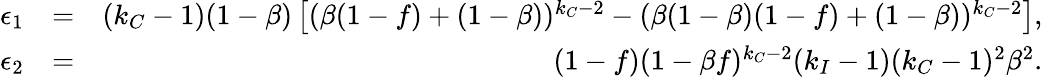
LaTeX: \begin{array}{rlr}{\epsilon_{1}}&{=}&{(k_{C}-1)(1-\beta)\left[(\beta(1-f)+(1-\beta))^{k_{C}-2}-(\beta(1-\beta)(1-f)+(1-\beta))^{k_{C}-2}\right],}\\ {\epsilon_{2}}&{=}&{(1-f)(1-\beta f)^{k_{C}-2}(k_{I}-1)(k_{C}-1)^{2}\beta^{2}.}\end{array}